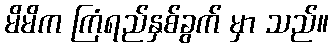
မိမိက ကြံရည်နှစ်ခွက် မှာ သည်။